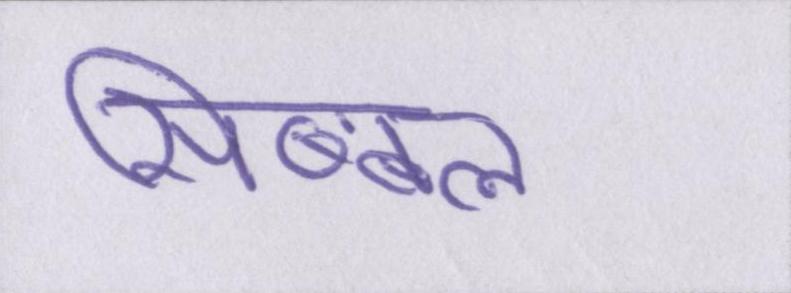
सिब्बल